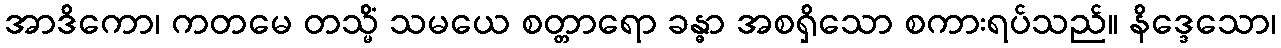
အာဒိကော၊ ကတမေ တသ္မိံ သမယေ စတ္တာရော ခန္ဓာ အစရှိသော စကားရပ်သည်။ နိဒ္ဒေသော၊